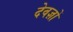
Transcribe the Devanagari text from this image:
देवज्ञों